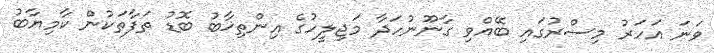
ވަނަ އަހަރު މިސްރުގައި ބޭއްވި ގާނޫނުހަދާ މަޖިލީހުގެ އިންތިޚާބު ބޮޑު ތަފާތަކުން ކާމިޔާބު